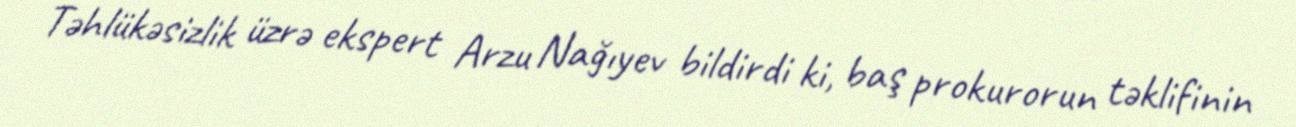
Təhlükəsizlik üzrə ekspert Arzu Nağıyev bildirdi ki, baş prokurorun təklifinin